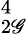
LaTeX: _{2\mathscr{G}}^{4}